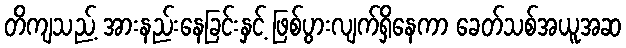
တိကျသည့် အားနည်းနေခြင်းနှင့် ဖြစ်ပွားလျက်ရှိနေကာ ခေတ်သစ်အယူအဆ